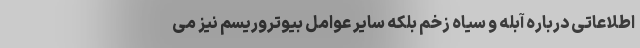
اطلاعاتی درباره آبله و سیاه زخم بلکه سایر عوامل بیوتروریسم نیز می